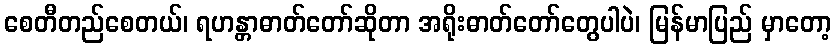
စေတီတည်စေတယ်၊ ရဟန္တာဓာတ်တော်ဆိုတာ အရိုးဓာတ်တော်တွေပါပဲ၊ မြန်မာပြည် မှာတော့